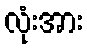
လုံးအား